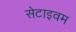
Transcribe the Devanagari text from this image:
सेटाइवम